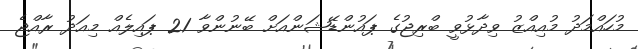
މުހައްމަދު މުއިއްޒު ވިދާޅުވީ ބްރިޖުގެ ޕައުންޑޭޝަންއަށް ބޭނުންވާ 21 ޕައިލެއް މިއަދު ރާއްޖެ